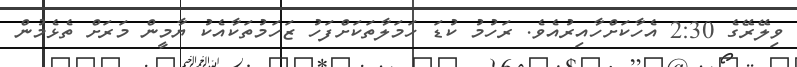
ވިލޭރޭގެ 2:30 އެހާކަށްހާއިރުއެވެ. ރަހުމު ކުޑަ ހަމަލާތަކަށްފަހު ޒަހަމުތަކާއެކު ޔާމީން މަރަށް ތެޅެމުން